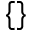
\{ \}